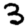
Digit: 3